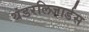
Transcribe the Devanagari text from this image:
थंडरलिजार्डस